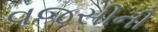
વજસીની